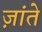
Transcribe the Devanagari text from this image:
ज़ांते